Annual report of the Imperial Bacteriologist
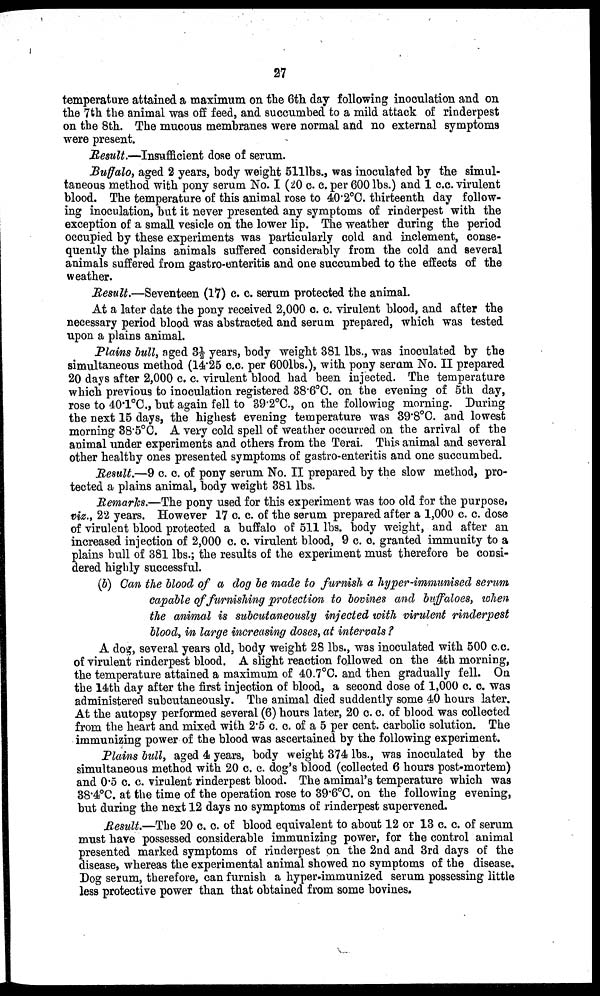
27
temperature attained a maximum on the 6th day following inoculation and on
the 7th the animal was off feed, and succumbed to a mild attack of rinderpest
on the 8th. The mucous membranes were normal and no external symptoms
were present.
Result.—Insufficient dose of serum.
Buffalo, aged 2 years, body weight 511lbs., was inoculated by the simul-
taneous method with pony serum No. I (20 c. c. per 600 lbs.) and 1 c.c. virulent
blood. The temperature of this animal rose to 40.2°C. thirteenth day follow-
ing inoculation, but it never presented any symptoms of rinderpest with the
exception of a small vesicle on the lower lip. The weather during the period
occupied by these experiments was particularly cold and inclement, conse-
quently the plains animals suffered considerably from the cold and several
animals suffered from gastro-enteritis and one succumbed to the effects of the
weather.
Result.—Seventeen (17) c. c. serum protected the animal.
At a later date the pony received 2,000 c. c. virulent blood, and after the
necessary period blood was abstracted and serum prepared, which was tested
upon a plains animal.
Plains bull, aged 3½ years, body weight 381 lbs., was inoculated by the
simultaneous method (14.25 c.c. per 600lbs.), with pony seram No. II prepared
20 days after 2,000 c. c. virulent blood had been injected. The temperature
which previous to inoculation registered 38.6°C. on the evening of 5th day,
rose to 40.1°C., but again fell to 39.2°C., on the following morning. During
the next 15 days, the highest evening temperature was 39.8°C. and lowest
morning 38.5°C. A very cold spell of weather occurred on the arrival of the
animal under experiments and others from the Terai. This animal and several
other healthy ones presented symptoms of gastro-enteritis and one succumbed.
Result.—9 c. c. of pony serum No. II prepared by the slow method, pro-
tected a plains animal, body weight 381 lbs.
Remarks.—The pony used for this experiment was too old for the purpose,
viz., 22 years. However 17 c. c. of the serum prepared after a 1,000 c. c. dose
of virulent blood protected a buffalo of 511 lbs. body weight, and after an
increased injection of 2,000 c. c. virulent blood, 9 c. c. granted immunity to a
plains bull of 381 lbs.; the results of the experiment must therefore be consi-
dered highly successful.
(b) Can the blood of a dog be made to furnish a hyper-immunised serum
capable of furnishing protection to bovines and buffaloes, when
the animal is subcutaneously injected with virulent rinderpest
blood, in large increasing doses,at intervals?
A dog, several years old, body weight 28 lbs., was inoculated with 500 c.c.
of virulent rinderpest blood. A slight reaction followed on the 4th morning,
the temperature attained a maximum of 40.7°C. and then gradually fell. On
the 14th day after the first injection of blood, a second dose of 1,000 c. c. was
administered subcutaneously. The animal died suddently some 40 hours later.
At the autopsy performed several (6) hours later, 20 c. c. of blood was collected
from the heart and mixed with 2.5 c. c. of a 5 per cent. carbolic solution. The
immunizing power of the blood was ascertained by the following experiment.
Plains bull, aged 4 years, body weight 374 lbs., was inoculated by the
simultaneous method with 20 c. c. dog's blood (collected 6 hours post-mortem)
and 0.5 c. c. virulent rinderpest blood. The amimal's temperature which was
38.4°C. at the time of the operation rose to 39.6°C. on the following evening,
but during the next 12 days no symptoms of rinderpest supervened.
Result.—The 20 c. c. of blood equivalent to about 12 or 13 c. c. of serum
must have possessed considerable immunizing power, for the control animal
presented marked symptoms of rinderpest on the 2nd and 3rd days of the
disease, whereas the experimental animal showed no symptoms of the disease.
Dog serum, therefore, can furnish a hyper-immunized serum possessing little
less protective power than that obtained from some bovines.